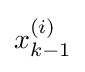
x_{k-1}^{(i)}